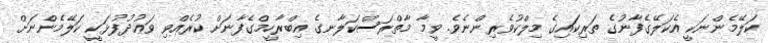
ކަލޭމެންނަކީ އެކަލޭގެފާނުގެ ތަރިކައިގެ މިލްކުވެރިންނެވެ. ވީމާ މާތްރަސްކަލާނގެ އިބްރާހީމްގެފާނަށް ކުރެއްވި ވަޢުދުފުޅަކީ ކަލޭމެންނަށް